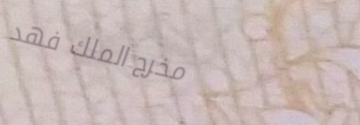
مخرج الملك فهد